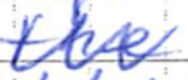
Text: the
Cross-out: zig-zag
Writing tool: ballpoint